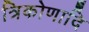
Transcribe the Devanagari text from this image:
त्रिकोणादि